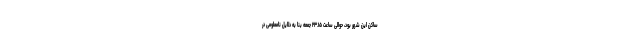
ساکن این شهر بود، حوالی ساعت ۲۳.۱۵ جمعه بنا به دلایل نامعلومی‌ در